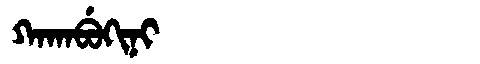
Manchu: ᡴᠠᡴᠠᠪᡠᡴᡳᠨᡳ
Romanization: KAKABUKINI